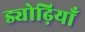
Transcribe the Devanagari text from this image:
ड्योढ़ियाँ